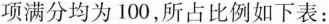
项满分均为100，所占比例如下表: